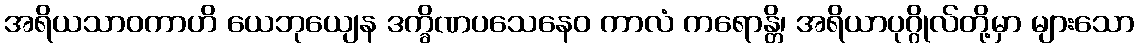
အရိယသာဝကာဟိ ယေဘုယျေန ဒက္ခိဏပသေနေဝ ကာလံ ကရောန္တိ၊ အရိယာပုဂ္ဂိုလ်တို့မှာ များသော